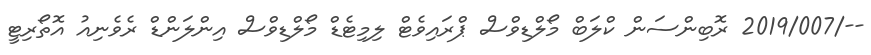
--/2019/007 ރޮބިންސަން ކްލަބް މޯލްޑިވްސް ޕްރައިވެޓް ލިމިޓެޑް މޯލްޑިވްސް އިންލަންޑް ރެވެނިއު އޮތޯރިޓީ